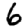
Digit: 6